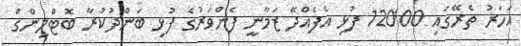
އަހަރު ތެރޭގައި 12000 ފުޅި އެފެއްދޭ ޒަމާނީ ފެންވަރުގެ ފުޅި ބަންދުކުރާ ބޮޓްލިންގް